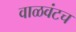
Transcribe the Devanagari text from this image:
वाळवंटच